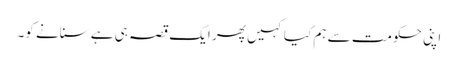
اپنی حکومت سے ہم کیا کہیں پھر ایک قصہ ہی ہے سنانے کو۔